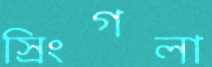
স্রিংগলা